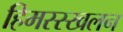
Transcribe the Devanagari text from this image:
हिमस्स्खलन